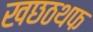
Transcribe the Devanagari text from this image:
खछठथफ